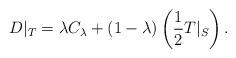
LaTeX: \begin{align*}D|_T = \lambda C_{\lambda} + (1-\lambda) \left(\frac{1}{2} T|_S \right).\end{align*}